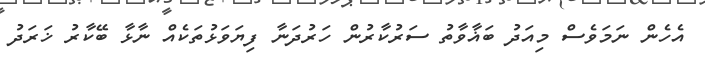
އެހެން ނަމަވެސް މިއަދު ބަޣާވާތު ސަރުކާރުން ހަރުދަނާ ފިޔަވަޅުތަކެއް ނާޅާ ބޭކާރު ޚަރަދު